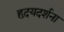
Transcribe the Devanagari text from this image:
हृदयदर्शना